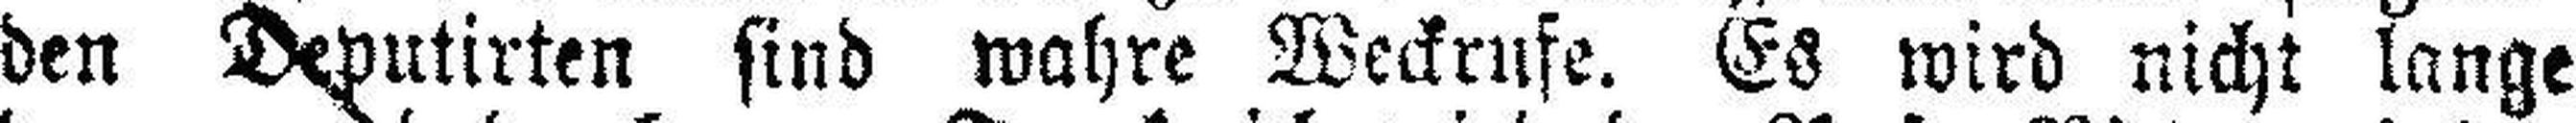
den Deputirten sind wahre Weckrufe. Es wird nicht lange